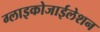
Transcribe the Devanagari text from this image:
ग्लाइकोजाईलेशन